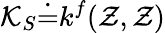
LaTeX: \mathcal{K}_{S}\dot{=}k^{f}(\mathcal{Z},\mathcal{Z})